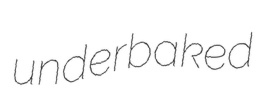
underbaked